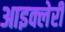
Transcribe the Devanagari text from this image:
आइक्लेरी